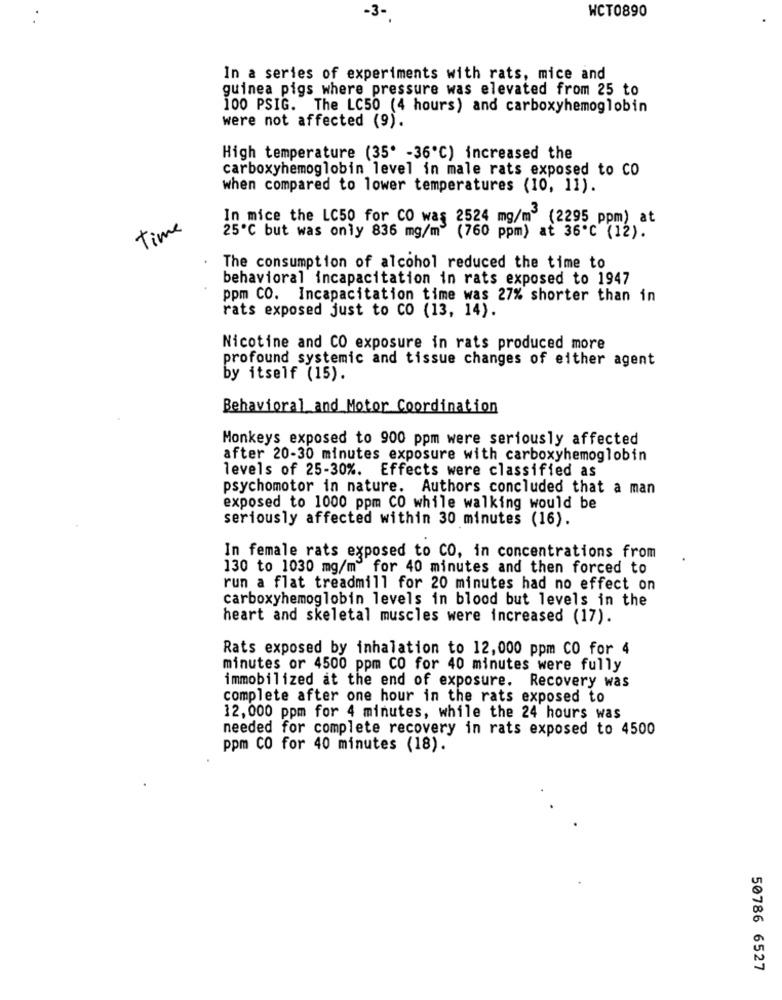
WCT0890
In a series of experiments with rats, mice and
guinea pigs where pressure was elevated from 25 to
100 PSIG. The LC50 (4 hours) and carboxyhemoglobin
were not affected (9).
High temperature (35' -36'℃) increased the
carboxyhemoglobin level in male rats exposed to CO
when compared to lower temperatures (10, 11).
In mice the LC50 for CO was 2524 mg/m (2295 ppm) at
time
25℃ but was only 836 mg/m (760 ppm) at 36'℃ (12).
The consumption of alcohol reduced the time to
behavioral incapacitation in rats exposed to 1947
ppm CO. Incapacitation time was 27% shorter than in
rats exposed just to co (13, 14).
Nicotine and CO exposure in rats produced more
profound systemic and tissue changes of either agent
by itself (15).
Behavioral and Motor Coordination
Monkeys exposed to 900 ppm were seriously affected
after 20-30 minutes exposure with carboxyhemoglobin
levels of 25-30%. Effects were classified as
psychomotor in nature. Authors concluded that a man
exposed to 1000 ppm CO while walking would be
seriously affected within 30 minutes (16).
In female rats exposed to CO, in concentrations from
130 to 1030 mg/m" for 40 minutes and then forced to
run a flat treadmill for 20 minutes had no effect on
carboxyhemoglobin levels in blood but levels in the
heart and skeletal muscles were increased (17).
Rats exposed by inhalation to 12,000 ppm CO for 4
minutes or 4500 ppm CO for 40 minutes were fully
immobilized at the end of exposure. Recovery was
complete after one hour in the rats exposed to
12,000 ppm for 4 minutes, while the 24 hours was
needed for complete recovery in rats exposed to 4500
ppm CO for 40 minutes (18).
50786 6527